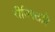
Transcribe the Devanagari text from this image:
रीतिपद्धति